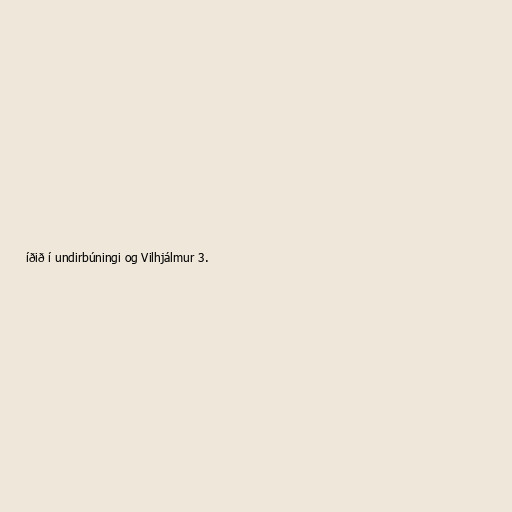
íðið í undirbúningi og Vilhjálmur 3.